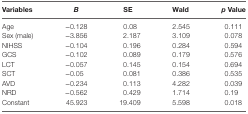
<table><thead><tr><td><b>Variables</b></td><td><b><i>B</i></b></td><td><b>SE</b></td><td><b>Wald</b></td><td><b><i>p</i> Value</b></td></tr></thead><tbody><tr><td>Age</td><td>−0.128</td><td>0.08</td><td>2.545</td><td>0.111</td></tr><tr><td>Sex (male)</td><td>−3.856</td><td>2.187</td><td>3.109</td><td>0.078</td></tr><tr><td>NIHSS</td><td>−0.104</td><td>0.196</td><td>0.284</td><td>0.594</td></tr><tr><td>GCS</td><td>−0.102</td><td>0.089</td><td>0.179</td><td>0.576</td></tr><tr><td>LCT</td><td>−0.057</td><td>0.145</td><td>0.154</td><td>0.694</td></tr><tr><td>SCT</td><td>−0.05</td><td>0.081</td><td>0.386</td><td>0.535</td></tr><tr><td>AVD</td><td>−0.234</td><td>0.113</td><td>4.282</td><td>0.039</td></tr><tr><td>NRD</td><td>−0.562</td><td>0.429</td><td>1.714</td><td>0.19</td></tr><tr><td>Constant</td><td>45.923</td><td>19.409</td><td>5.598</td><td>0.018</td></tr></tbody></table>